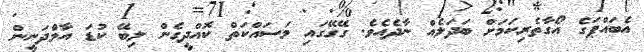
އެބައްޕަގެ އޯގާތެރިކަމަށް ބަދަލެއް ނާދެއެވެ. ގޭގޭގައި މަސައްކަތް ކޮއްދީގެން ލިބޭ ކުޑަ އާމްދަނީން